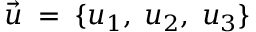
\vec { u } \; = \; \{ u _ { 1 } , \; u _ { 2 } , \; u _ { 3 } \}